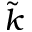
\tilde { k }